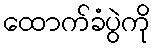
ထောက်ခံပွဲကို